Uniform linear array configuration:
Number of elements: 24
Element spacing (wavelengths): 0.75
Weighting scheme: binomial
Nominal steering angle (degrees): -15
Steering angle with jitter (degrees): -15.346
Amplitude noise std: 0.05
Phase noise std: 0.05

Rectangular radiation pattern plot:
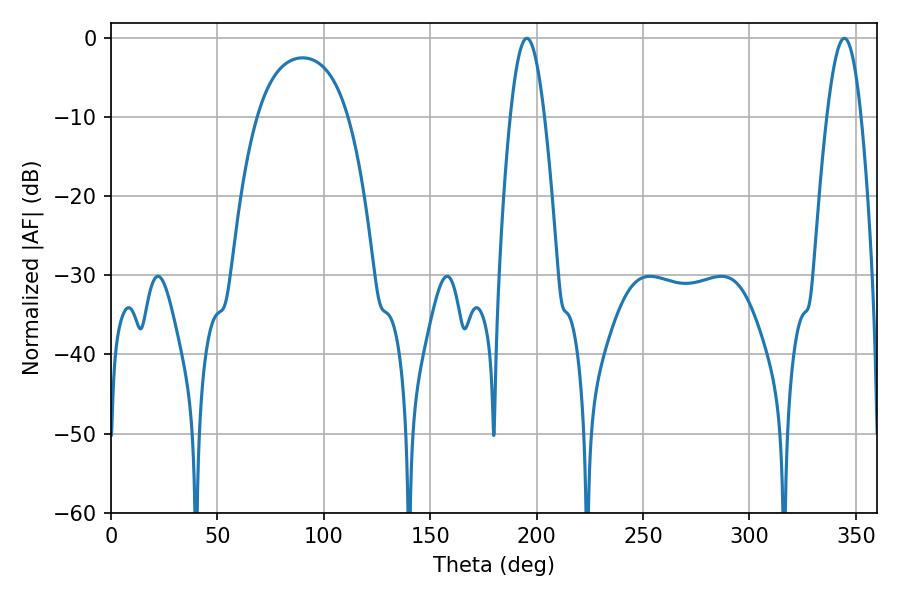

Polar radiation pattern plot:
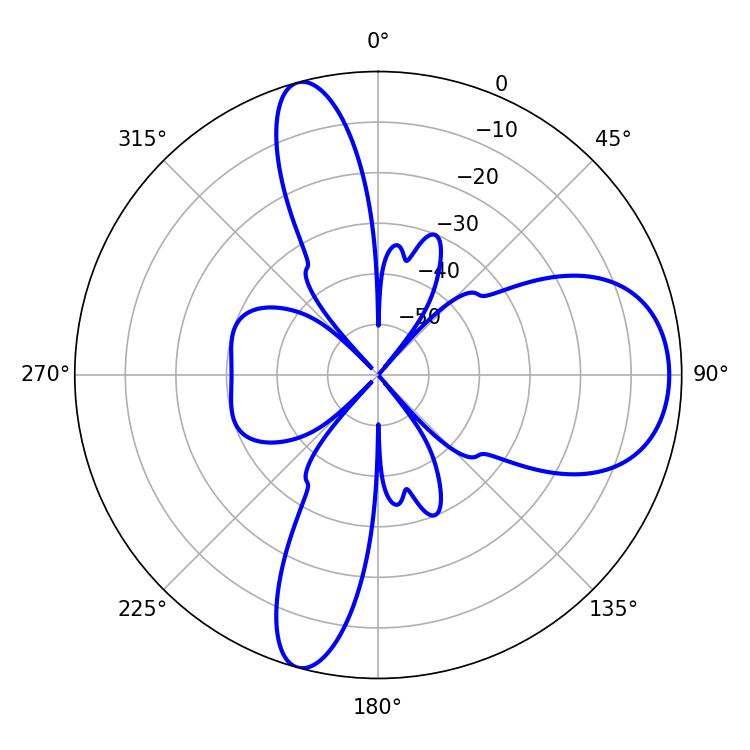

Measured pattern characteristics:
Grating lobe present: TRUE
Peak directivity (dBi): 9.957
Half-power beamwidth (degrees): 8.64
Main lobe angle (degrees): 195.48